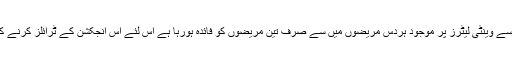
اس انجکشن کے استعمال سے وینٹی لیٹرز پر موجود ہردس مریضوں میں سے صرف تین مریضوں کو فائدہ ہورہا ہے اس لئے اس انجکشن کے ٹرائلز کرنے کا باربار ذکرکیاجا رہاہے۔